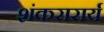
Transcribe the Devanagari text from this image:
शंकरारार्य